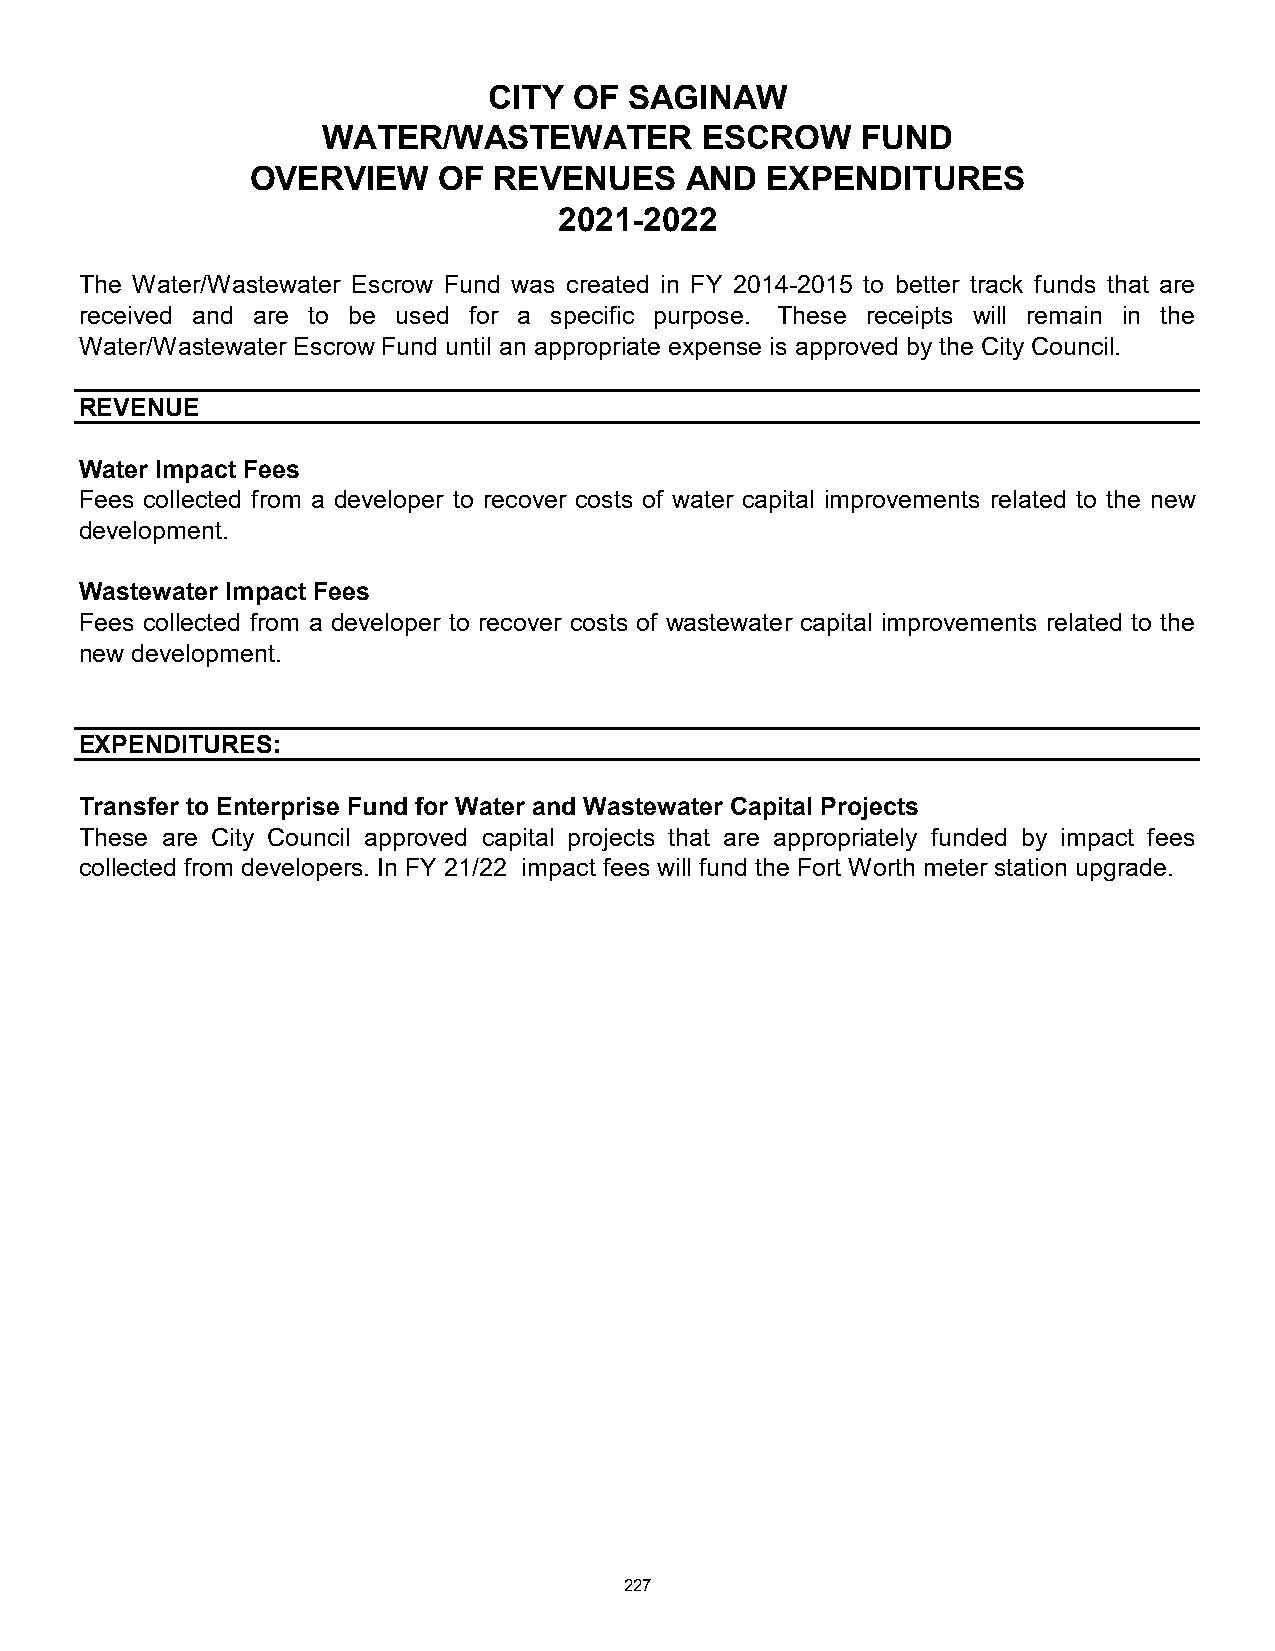
CITY  OF  SAGINAW
 WATER/WASTEWATER         ESCROW     FUND
 OVERVIEW    OF  REVENUES    AND   EXPENDITURES
 2021-2022
 The Water/Wastewater Escrow Fund was created in FY 2014-2015 to better track funds that are
 received and are to be used for a specific purpose. These receipts will remain in the
 Water/Wastewater Escrow Fund until an appropriate expense is approved by the City Council.
 REVENUE
 Water Impact Fees
 Fees collected from a developer to recover costs of water capital improvements related to the new
 development.
 Wastewater Impact Fees
 Fees collected from a developer to recover costs of wastewater capital improvements related to the
 new development.
 EXPENDITURES:
 Transfer to Enterprise Fund for Water and Wastewater Capital Projects
 These are City Council approved capital projects that are appropriately funded by impact fees
 collected from developers. In FY 21/22 impact fees will fund the Fort Worth meter station upgrade.
 227